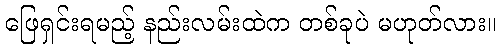
ဖြေရှင်းရမည့် နည်းလမ်းထဲက တစ်ခုပဲ မဟုတ်လား။